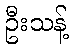
ဦးသန့်